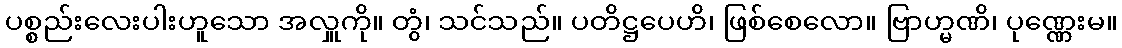
ပစ္စည်းလေးပါးဟူသော အလှူကို။ တွံ၊ သင်သည်။ ပတိဋ္ဌပေဟိ၊ ဖြစ်စေလော။ ဗြာဟ္မဏိ၊ ပုဏ္ဏေးမ။